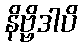
နိဗ္ဗိဒါပိ